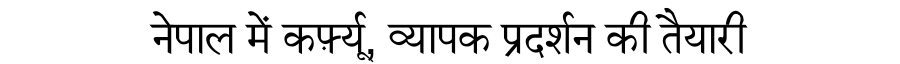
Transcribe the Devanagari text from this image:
नेपाल में कर्फ़्यू, व्यापक प्रदर्शन की तैयारी